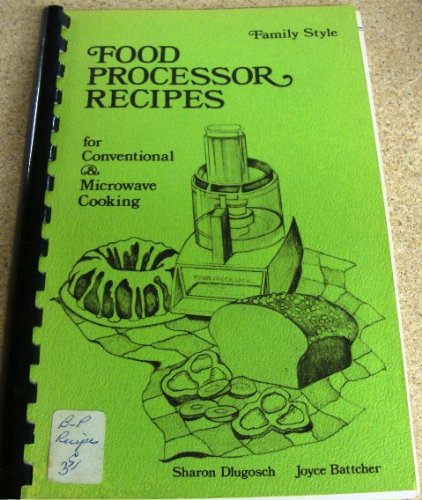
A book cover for Food Processor Recipes for Conventional and Microwave Cooking; Sharon Dlugosch; Cookbooks, Food & Wine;